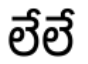
లేలే